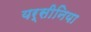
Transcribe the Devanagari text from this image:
यर्सीनिया